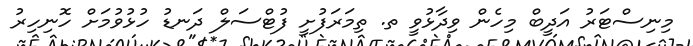
މިނިސްޓަރު އަދީބް މިހެން ވިދާޅުވީ ތ. ތިމަރަފުށީ ފުޓްސަލް ދަނޑު ހުޅުވުމަށް ހޮނިހިރު